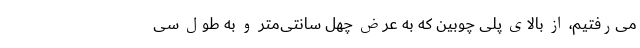
می‌رفتیم، از بالای پُلی چوبین که به عرض چهل سانتی‌متر و به طول سی